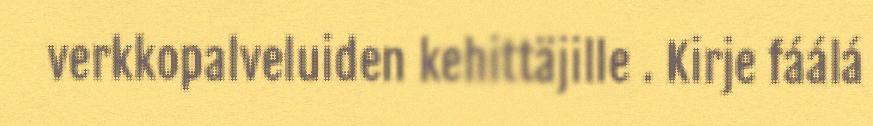
verkkopalveluiden kehittäjille . Kirje fáálá